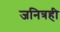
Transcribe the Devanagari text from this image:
जनित्रही